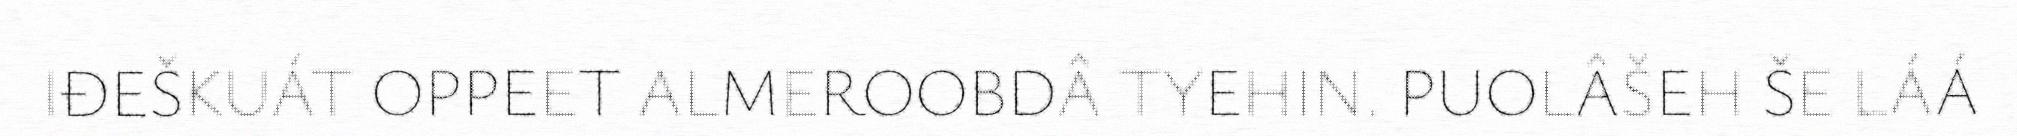
IĐEŠKUÁT OPPEET ALMEROOBDÂ TYEHIN. PUOLÂŠEH ŠE LÁÁ